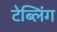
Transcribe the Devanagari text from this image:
टेब्लिंग